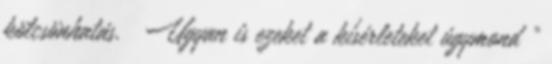
kölcsönhatás. Ugyan is ezeket a kísérleteket úgymond ”